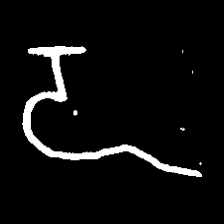
Pyu character \u2014 Myanmar letter: ဍ (romanized: dda)